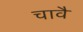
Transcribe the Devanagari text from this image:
चावै